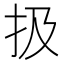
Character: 扱